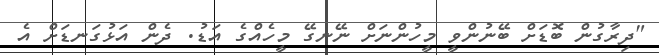
"ދިރާގުން ބޮޑަށް ބޭނުންވީ މީހުންނަށް ނޭނގޭ މީހެއްގެ އަޑު. ދެން އަޅުގަނޑަށް އެ